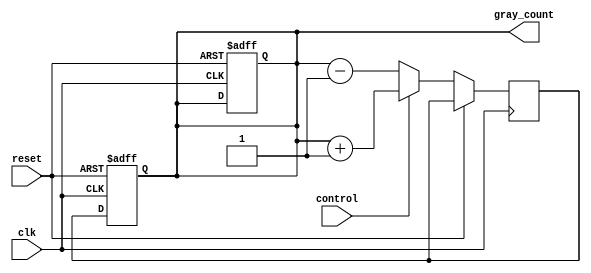
module Bidirectional_Gray_Counter (
    input wire clk,
    input wire reset,
    input wire control,
    output reg [3:0] gray_count
);

reg [3:0] gray_count_next;

always @(posedge clk or posedge reset) begin
    if (reset) begin
        gray_count <= 4'b0000;
    end else begin
        if (control) begin
            gray_count_next <= gray_count + 1;
        end else begin
            gray_count_next <= gray_count - 1;
        end
    end
end

always @(posedge clk or posedge reset) begin
    if (reset) begin
        gray_count <= 4'b0000;
    end else begin
        gray_count <= gray_count_next;
    end
end

endmodule